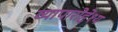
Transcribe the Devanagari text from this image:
व्यापारोद्देश्य